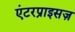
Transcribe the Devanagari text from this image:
एंटरप्राइसज़